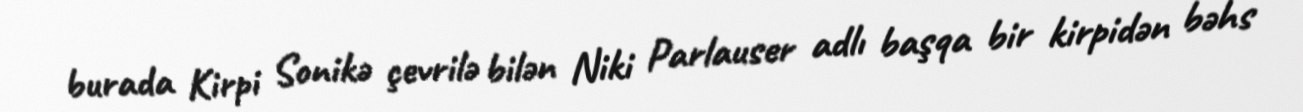
burada Kirpi Sonikə çevrilə bilən Niki Parlauser adlı başqa bir kirpidən bəhs